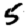
Digit: 5